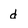
Character: d